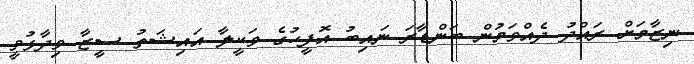
ނިޒާމަށް ރައްދު ދެއްވަމުން ބަންޑާރަ ނައިބު އޮފީހުގެ ވަކީލާ އައިޝަތު ސީޒާ ވިދާޅުވީ